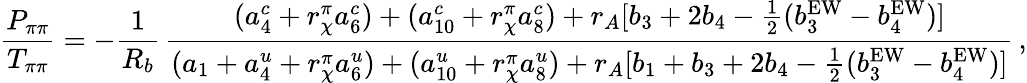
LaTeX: \frac{P_{\pi\pi}}{T_{\pi\pi}}=-\frac{1}{R_{b}}\, \frac{(a_{4}^{c}+r_{\chi}^{\pi}a_{6}^{c})+(a_{10}^{c}+r_{\chi}^{\pi}a_{8}^{c})+r_{A}[b_{3}+2b_{4}-\frac 12(b_{3}^{\mathrm{EW}}-b_{4}^{\mathrm{EW}})]}{(a_{1}+a_{4}^{u}+r_{\chi}^{\pi}a_{6}^{u})+(a_{10}^{u}+r_{\chi}^{\pi}a_{8}^{u})+r_{A}[b_{1}+b_{3}+2b_{4}-\frac 12(b_{3}^{\mathrm{EW}}-b_{4}^{\mathrm{EW}})]}\, ,